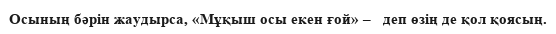
Осының бәрін жаудырса, «Мұқыш осы екен ғой» –   деп өзің де қол қоясың.